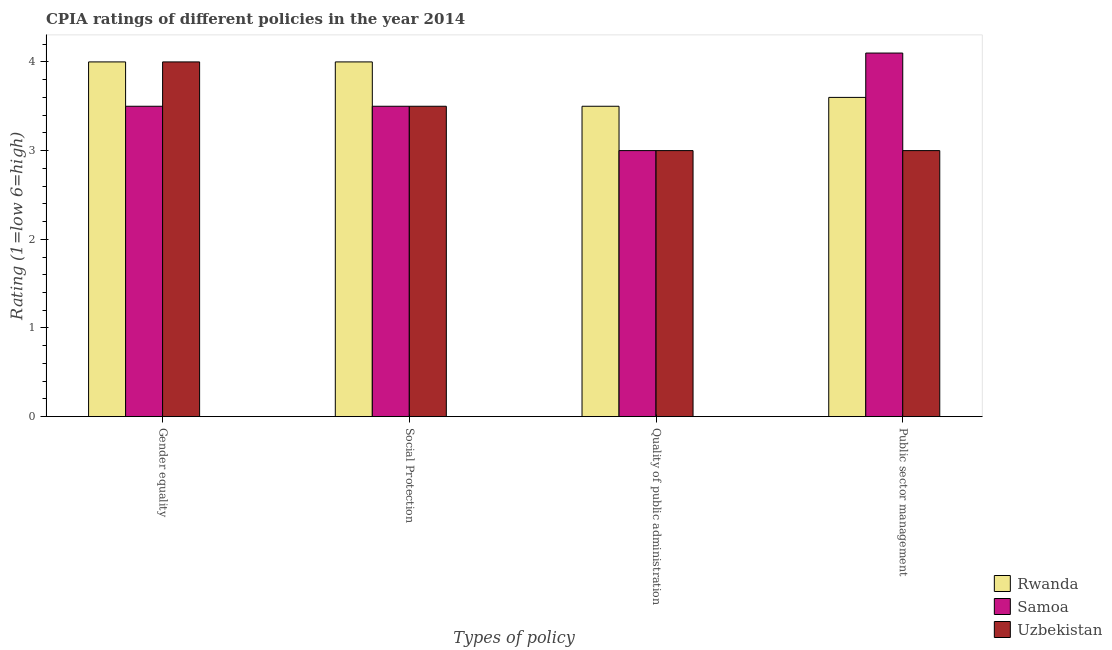
| Types of policy | Rwanda | Samoa | Uzbekistan |
 | --- | --- | --- | --- |
 | Gender equality | 4 | 3.5 | 4 |
 | Social Protection | 4 | 3.5 | 3.5 |
 | Quality of public administration | 3.5 | 3 | 3 |
 | Public sector management | 3.6 | 4.1 | 3 |